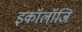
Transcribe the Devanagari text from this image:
इकॉलॉजि